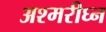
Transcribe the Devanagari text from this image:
अश्मरीघ्न